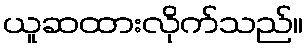
ယူဆထားလိုက်သည်။